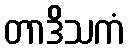
တာဒိသကံ